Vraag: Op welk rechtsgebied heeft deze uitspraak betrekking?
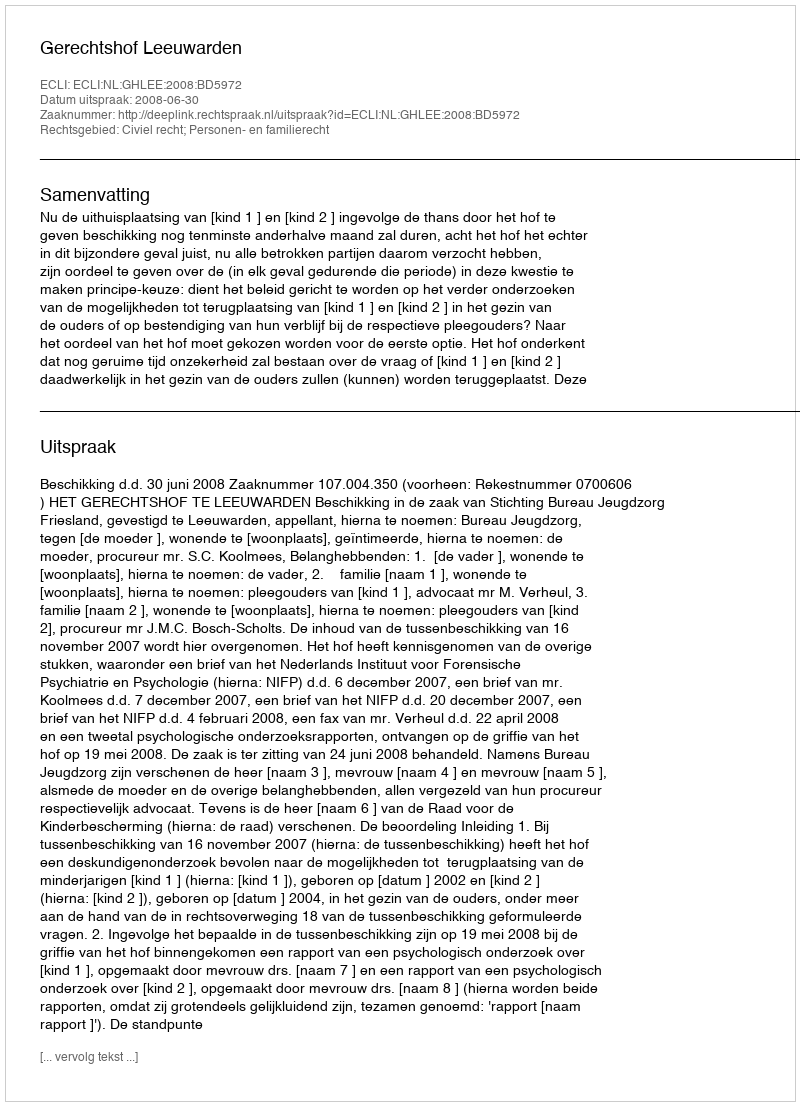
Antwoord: Civiel recht; Personen- en familierecht